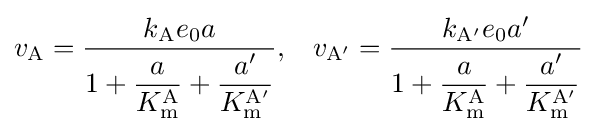
v_{\mathrm {A} }={\frac {k_{\mathrm {A} }e_{0}a}{1+{\dfrac {a}{K_{\mathrm {m} }^{\mathrm {A} }}}+{\dfrac {a'}{K_{\mathrm {m} }^{\mathrm {A'} }}}}},\;\;\;v_{\mathrm {A'} }={\frac {k_{\mathrm {A'} }e_{0}a'}{1+{\dfrac {a}{K_{\mathrm {m} }^{\mathrm {A} }}}+{\dfrac {a'}{K_{\mathrm {m} }^{\mathrm {A'} }}}}}